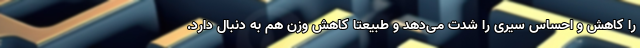
را کاهش و احساس سیری را شدت می‌دهد و طبیعتا کاهش وزن هم به دنبال دارد.